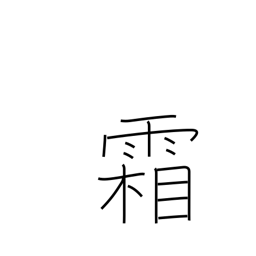
Meaning: frost